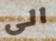
الى